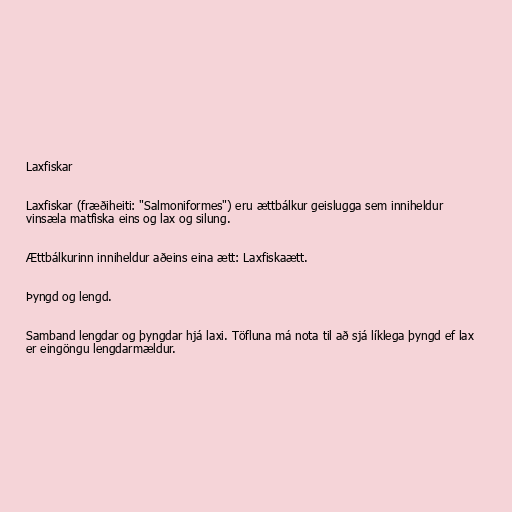
Laxfiskar

Laxfiskar (fræðiheiti: "Salmoniformes") eru ættbálkur geislugga sem inniheldur
vinsæla matfiska eins og lax og silung.

Ættbálkurinn inniheldur aðeins eina ætt: Laxfiskaætt.

Þyngd og lengd.

Samband lengdar og þyngdar hjá laxi. Töfluna má nota til að sjá líklega þyngd ef lax
er eingöngu lengdarmældur.